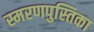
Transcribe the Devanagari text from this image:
स्मरणपुस्तिका